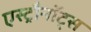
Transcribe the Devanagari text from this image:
एस्ट्रौनॉट्स